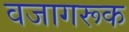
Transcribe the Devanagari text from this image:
वजागरूक